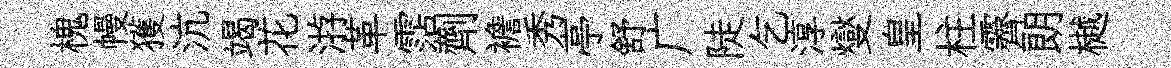
槐幔獲沆竭花㳺革霑劑襜秀亭舒广陡乞淳燮皇柱霽朗樾